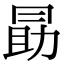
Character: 勗